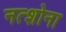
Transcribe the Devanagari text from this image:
नत्शोना